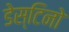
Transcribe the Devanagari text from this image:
डेस्टिनो